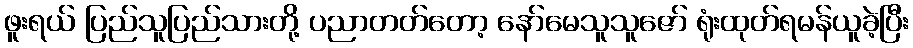
ဖူးရယ် ပြည်သူပြည်သားတို့ ပညာတတ်တော့ နော်မေသူသူဇော် ရုံးထုတ်ရမန်ယူခဲ့ပြီး